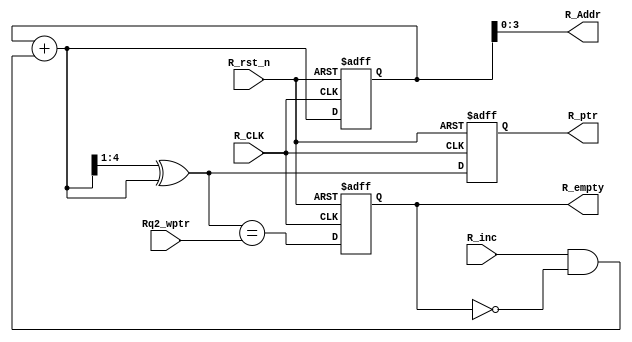
module FIFO_R_Pointer #(

	parameter ADDR_WIDTH = 4

)(

//////////////////
// 	  INPUTs 	//
//////////////////
	input  wire 		      R_CLK,
	input  wire 		      R_rst_n,
	input  wire 		      R_inc,
	input  wire [ADDR_WIDTH  : 0] Rq2_wptr,						// Synchronized Write Pointer (synchronized to Read CLK) 


//////////////////
// 	 OUTPUTs	//
//////////////////
	output reg 			 R_empty,
	output reg  [ADDR_WIDTH     : 0] R_ptr,
	output wire [ADDR_WIDTH - 1 : 0] R_Addr
	
);

//------------------------------
// Internal Registers and Wires
//------------------------------

	reg  [ADDR_WIDTH : 0] Binary_R_ptr;
	wire [ADDR_WIDTH : 0] Gray_R_ptr, Binary_R_ptr_next;
	wire 				  Empty_Value;
	
	
//---------------------------------------------------------------------------
// FIFO is Empty when the next rptr == synchronized write pointer or on reset
//---------------------------------------------------------------------------
	
	assign Empty_Value = (Gray_R_ptr == Rq2_wptr);



//---------------------------------------------------------------
// Behavioral Modelling of Read Pointer
//---------------------------------------------------------------	
	always @(posedge R_CLK or negedge R_rst_n)
	begin 
	
		if (!R_rst_n)
		begin
		
			R_empty      <= 1'b1;
			R_ptr 		 <= 4'b0000;
			Binary_R_ptr <= 4'b0000;
			
		end
		
		else
		begin
			
			R_empty 	 <= Empty_Value;
			R_ptr 		 <= Gray_R_ptr;
			Binary_R_ptr <= Binary_R_ptr_next;
	
		end
	end
	

assign R_Addr            = Binary_R_ptr[ADDR_WIDTH - 1 : 0];							// Binary Memory read address
assign Gray_R_ptr 		 = (Binary_R_ptr_next >> 1) ^ Binary_R_ptr_next;				// Converting the Read Pointer from Binary to Gray
assign Binary_R_ptr_next = Binary_R_ptr + (R_inc & ~R_empty);							// Counting the value of the binary read pointer 

endmodule